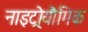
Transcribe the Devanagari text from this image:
नाइट्रोयौगिक